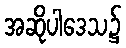
အဆိုပါဒေသ၌